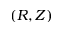
( R , Z )